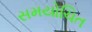
સમયોચિત